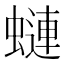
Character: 𧐖